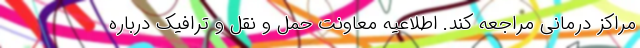
مراکز درمانی مراجعه کند. اطلاعیه معاونت حمل و نقل و ترافیک درباره